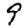
Digit: 9